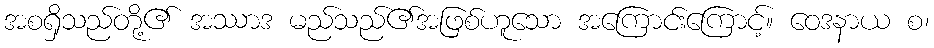
အစရှိသည်တို့၏ အဿာဒ မည်သည်၏အဖြစ်ဟူသော အကြောင်းကြောင့်။ ဝေဒနာယ စ၊